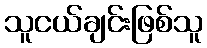
သူငယ်ချင်းဖြစ်သူ